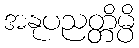
အနုပညတ္တိမ္ပိ